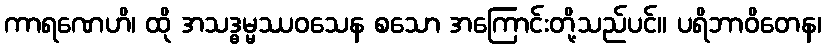
ကာရဏေဟိ၊ ထို အသဒ္ဓမ္မဿဝသေန စသော အကြောင်းတို့သည်ပင်။ ပရိဘာဝိတေန၊